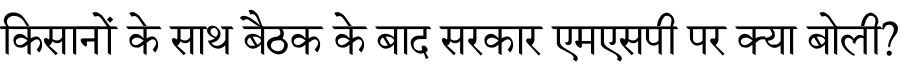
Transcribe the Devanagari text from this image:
किसानों के साथ बैठक के बाद सरकार एमएसपी पर क्या बोली?